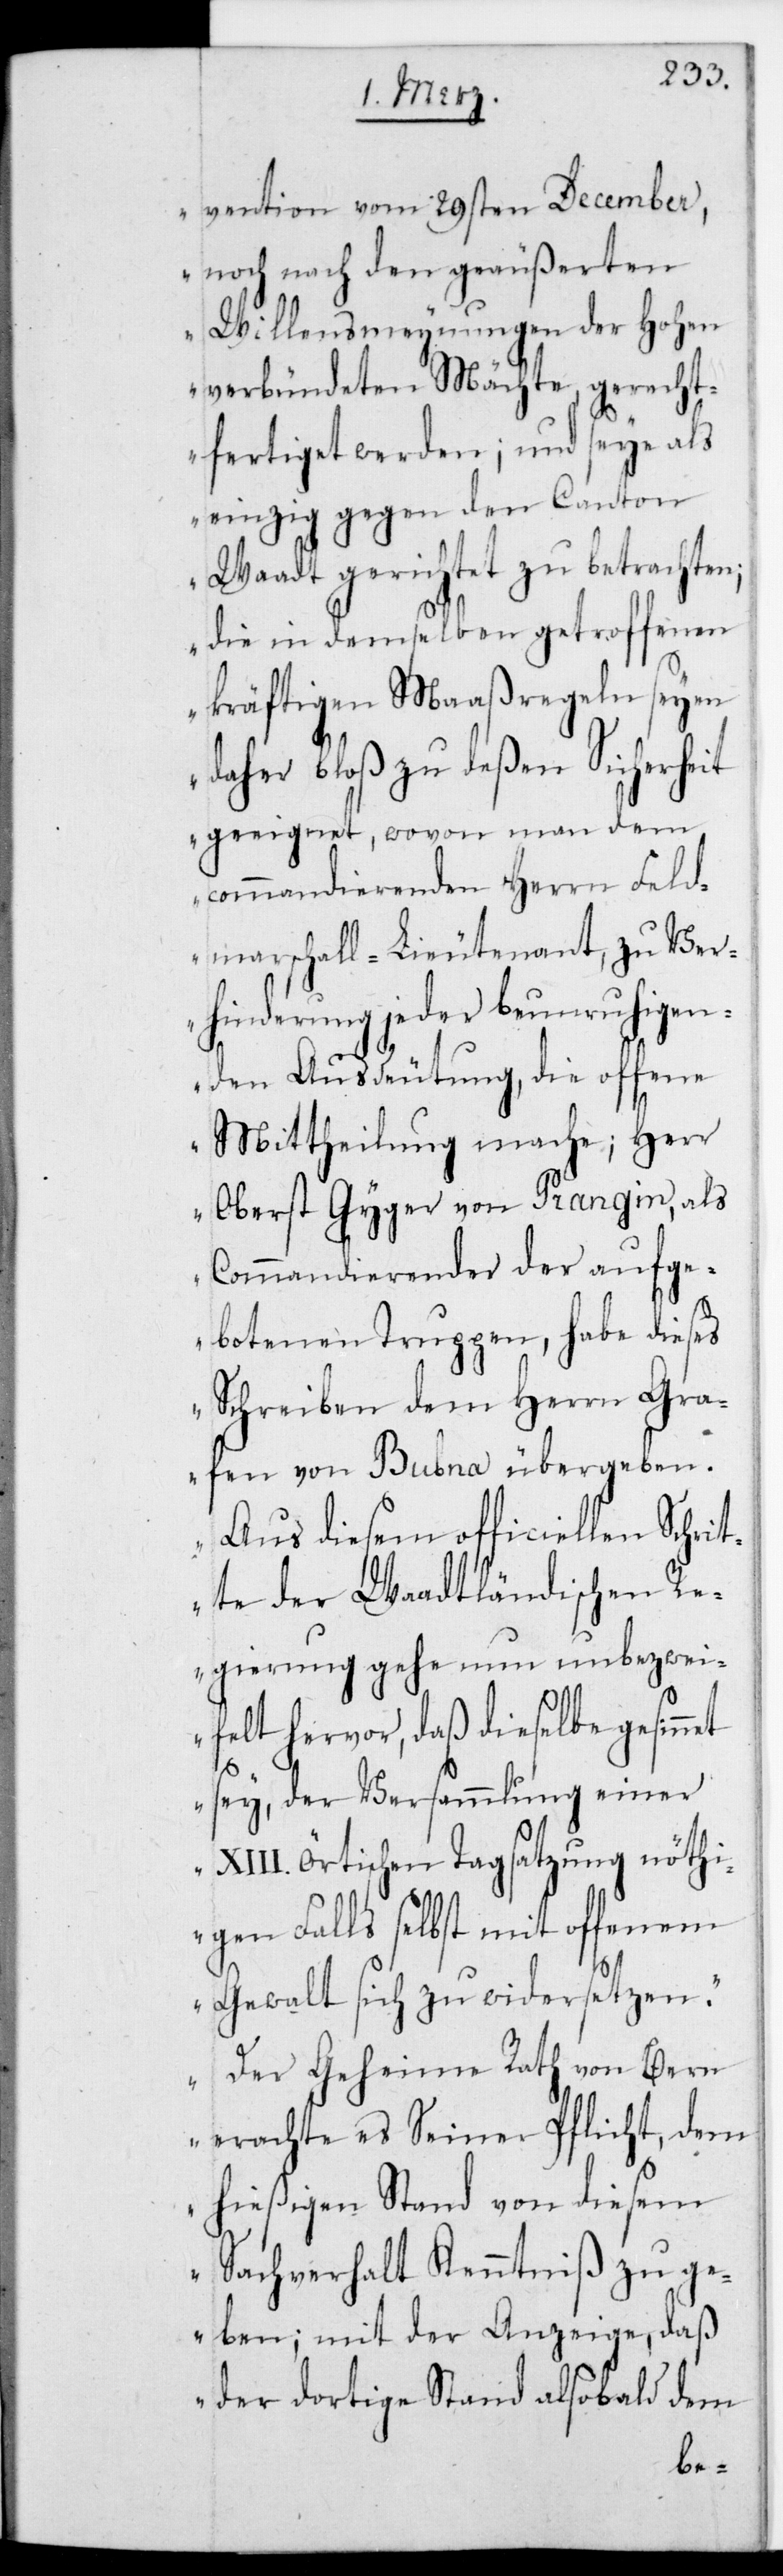
vention vom 29sten December,
noch nach den geäußereten
Willensmeynungen der Hohen
verbündeten Mächte gerecht¬
fertiget werden; und seie als
einzig gegen den Canton
Waadt gerichtet zu betrachten;
die in demselben getroffenen
kräftigen Maaßregeln seyen
daher bloß zu deßen Sicherheit
geeignet, wovon man dem
commandierenden Herrn Feld¬
marschall-Lieutenant, zu Ver¬
hinderung jeder beunruhigen¬
den Ausdeutung, die offene
Mittheilung mache; Herr
Oberst Gyger von Prangin, als
Commandierender der aufge¬
botenen Truppen, habe dieses
Schreiben dem Herrn Gra¬
fen von Bubna übergeben.
Aus diesem officiellen Schrit¬
te der waadtländischen R¬
egierung gehe nun unbezwei¬
felt hervor, daß dieselbe gesinn¬
et sey, der Versammlung einer
XIII. Örtischen Tagsatzung nöthi¬
genfalls selbst mit offenem
Gewalt sich zu widersetzen.
Der Geheime Rath von Bern
erachte es Seiner Pflicht, dem
hießigen Stand von diesem
Sachverhalt Kenntniß zu ge¬
ben; mit der Anzeige, daß
der dortige Stand alsobald dem